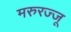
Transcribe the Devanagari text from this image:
मरुरज्जू